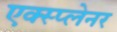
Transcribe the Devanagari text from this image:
एक्स्प्लेनर